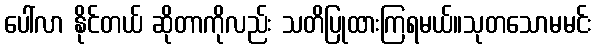
ပေါ်လာ နိုင်တယ် ဆိုတာကိုလည်း သတိပြုထားကြရမယ်။သုတသောမမင်း